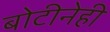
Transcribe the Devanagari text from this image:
बोटीनेही